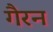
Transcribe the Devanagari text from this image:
गैरन